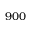
9 0 0